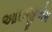
આઇજીએમ